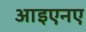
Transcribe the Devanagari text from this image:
आइएनए